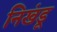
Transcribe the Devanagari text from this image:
निखंडू